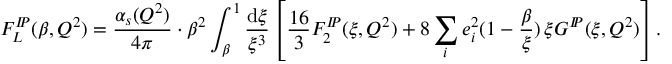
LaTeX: F _ { L } ^ { I \! \! P } ( \beta , Q ^ { 2 } ) = \frac { \alpha _ { s } ( Q ^ { 2 } ) } { 4 \pi } \cdot \beta ^ { 2 } \int _ { \beta } ^ { 1 } \frac { \mathrm { d } \xi } { \xi ^ { 3 } } \left[ \frac { 1 6 } { 3 } F _ { 2 } ^ { I \! \! P } ( \xi , Q ^ { 2 } ) + 8 \sum _ { i } e _ { i } ^ { 2 } ( 1 - \frac { \beta } { \xi } ) \, \xi G ^ { I \! \! P } ( \xi , Q ^ { 2 } ) \right] .